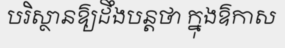
បរិស្ថានឱ្យដឹងបន្តថា ក្នុងឱកាស